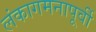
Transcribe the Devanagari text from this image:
लंकागमनापूर्वी